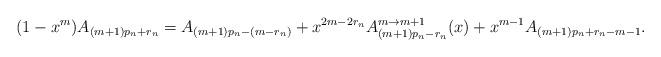
LaTeX: \begin{gather*}(1-x^m)A_{(m+1)p_n+r_n}=A_{(m+1)p_n-(m-r_n)}+x^{2m-2r_n}A_{(m+1)p_n-r_n}^{m \rightarrow m+1}(x)+x^{m-1}A_{(m+1)p_n+r_n-m-1}.\end{gather*}